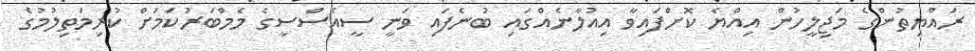
ރައްޔިތުންގެ މަޖިލީހުން އިއްޔެ ކޮށްފައިވާ އިއުލާނެއްގައި ބުނެފައި ވަނީ ސީއެސްސީގެ މެމްބަރުކަމަށް ކުރިމަތިލުމުގެ